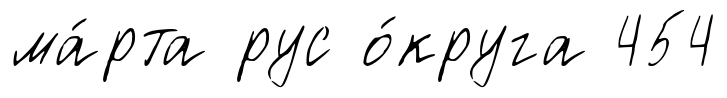
ма́рта рус о́круга 454